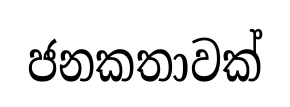
ජනකතාවක්